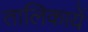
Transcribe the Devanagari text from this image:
तालिकायें